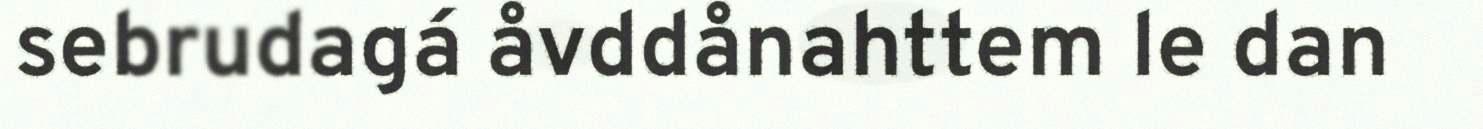
sebrudagá åvddånahttem le dan